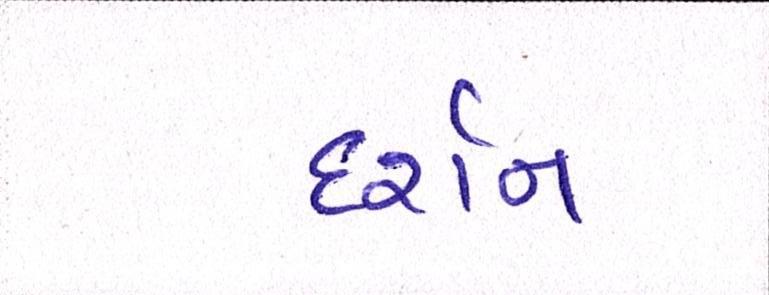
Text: દર્શન